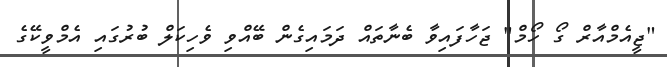
"ޖީއެމްއާރް ގޯ ހޯމް" ޖަހާފައިވާ ބެނާތައް ދަމައިގެން ބޭއްވި ވެހިކަލް ބުރުގައި އެމްވީކޭގެ